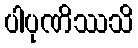
ပါပုဏိဿသိ